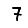
Digit: 7